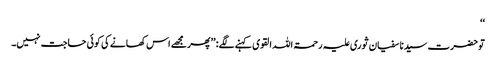
‘‘
توحضرت سیدنا سفیان ثوری علیہ رحمۃ اللہ القوی کہنے لگے: ’’پھر مجھے اس کھانے کی کوئی حاجت نہیں۔